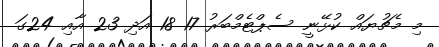
މި މެޗުޔައް ކުޅޭނީ ސެޕްޓެމްބަރު 17 18 އަދި 23 އާއި 24ގަ